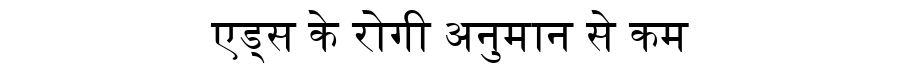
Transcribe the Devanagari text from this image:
एड्स के रोगी अनुमान से कम